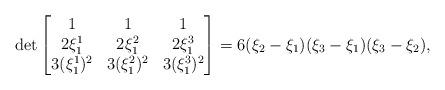
LaTeX: \begin{align*} \det \begin{bmatrix} 1&1&1\\ 2\xi_1^1&2\xi_1^2&2\xi_1^3 \\ 3(\xi_1^1)^2&3(\xi_1^2)^2&3(\xi_1^3)^2 \end{bmatrix}&= 6(\xi_2-\xi_1)(\xi_3-\xi_1)(\xi_3-\xi_2),\end{align*}